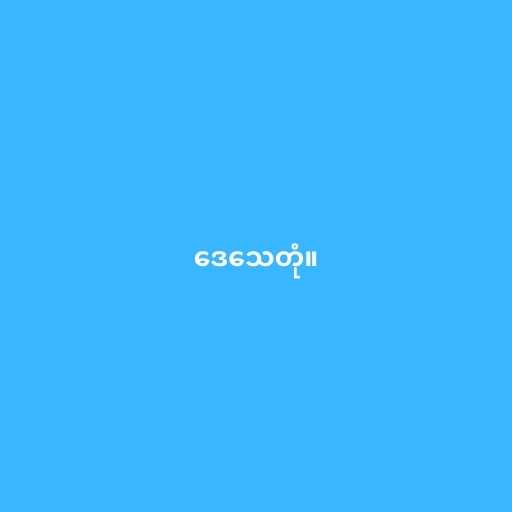
ဒေသေတုံ။